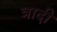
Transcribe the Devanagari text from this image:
त्रादी